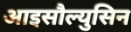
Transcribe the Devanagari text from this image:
आइसौल्युसिन